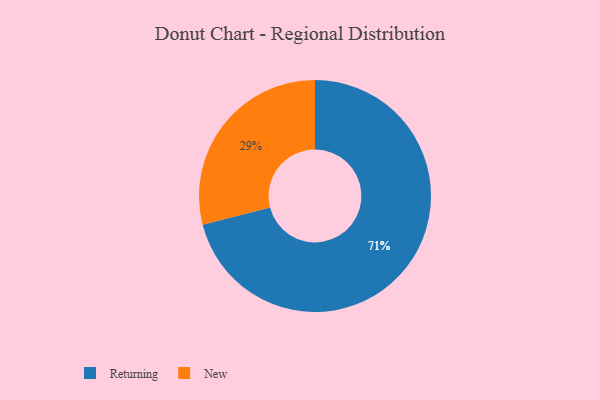
{"axis": {"x": "Category", "y": "Percentage"}, "legend": ["New", "Returning"], "data": [{"x": "New", "y": 29, "type": "New"}, {"x": "Returning", "y": 71, "type": "Returning"}]}